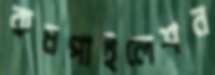
কমপাইলেশন